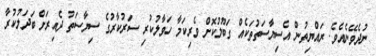
ނުދެވޭނެއެވެ. ރައްޔިތުން އެސިޔާސަތުތަކެއް ގަބޫލުކޮށް ވެރިކަމާ ހަވާލުކުރި ސަރުކާރުގެ ސިޔާސަތު ދެއިރަށް ބަދަލުކުރާ